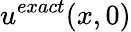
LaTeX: u^{exact}(x,0)